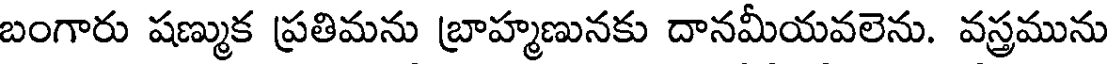
బంగారు షణ్ముక ప్రతిమను బ్రాహ్మణునకు దానమీయవలెను. వస్త్రమును